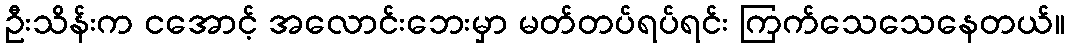
ဦးသိန်းက ငအောင့် အလောင်းဘေးမှာ မတ်တပ်ရပ်ရင်း ကြက်သေသေနေတယ်။